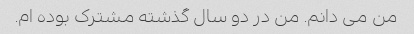
من می دانم. من در دو سال گذشته مشترک بوده ام.